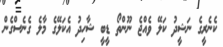
ކެނެރީގެ ނަޝީދު ކަލޭ ވެއްޖެ ނޫންތޯ ޑީބީ ޝާހިދު އެކަލޭގެ މާލެ ގެނެސްގެން